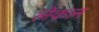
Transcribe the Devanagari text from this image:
लेकल